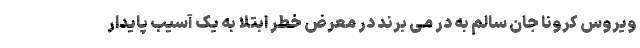
ویروس کرونا جان سالم به در می برند در معرض خطر ابتلا به یک آسیب پایدار